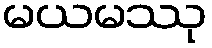
မယမဿု